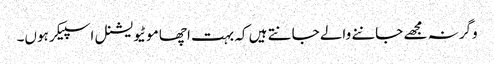
وگرنہ مجھے جاننے والے جانتے ہیں کہ بہت اچھا موٹیویشنل اسپیکر ہوں۔